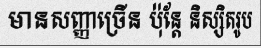
មានសញ្ញាច្រើន ប៉ុន្តែ និស្សិតរូប